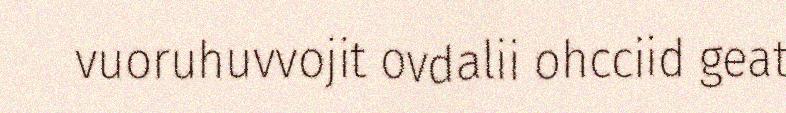
vuoruhuvvojit ovdalii ohcciid geat